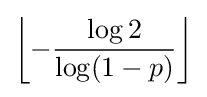
\left\lfloor -{\frac {\log 2}{\log(1-p)}}\right\rfloor